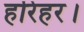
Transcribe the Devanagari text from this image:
हरिहर।